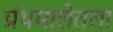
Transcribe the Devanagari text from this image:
ग्रंथमालेतला